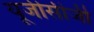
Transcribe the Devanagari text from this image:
यूजीसीजी